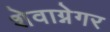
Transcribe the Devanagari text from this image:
शेवाग्नेगर